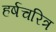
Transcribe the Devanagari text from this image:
हर्षचरित्र